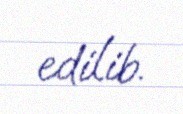
edilib.